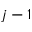
j - 1